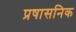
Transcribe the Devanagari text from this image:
प्रषासनिक